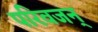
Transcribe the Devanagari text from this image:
परिवजन्